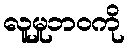
လူမှုဘဝကို